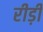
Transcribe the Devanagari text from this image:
रीड़ी